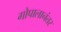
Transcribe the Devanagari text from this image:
गोपालानंतर